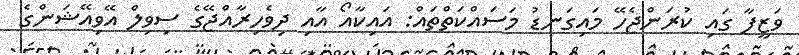
ވަޒީފާ ގައި ކުރަންޖެހޭ މައިގަނޑު މަސައްކަތްތައް: އައިކާއޯ އާއި ދިވެހިރާއްޖޭގެ ސިވިލް އޭވިއޭޝަންގެ